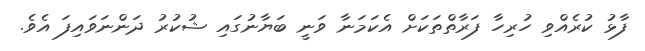
ފާޅު ކުރެއްވި ހުރިހާ ފަރާތްތަކަށް އެކަމަނާ ވަނީ ބަޔާނުގައި ޝުކުރު ދަންނަވައިފަ އެވެ.